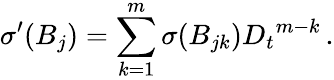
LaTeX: {\sigma}^{\prime}(B_{j})=\sum_{k=1}^{m}{\sigma}(B_{jk}){D_{t}}^{m-k}\, .